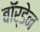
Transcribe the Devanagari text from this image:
बॉर्डेन